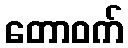
တောဝက်